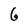
Character: 6